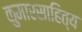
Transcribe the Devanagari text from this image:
कुमारसाहित्य